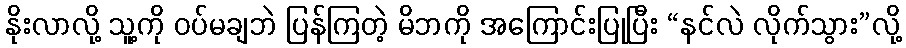
နိုးလာလို့ သူ့ကို ဝပ်မချဘဲ ပြန်ကြတဲ့ မိဘကို အကြောင်းပြုပြီး “နင်လဲ လိုက်သွား”လို့